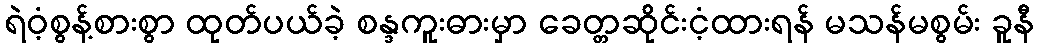
ရဲဝံ့စွန့်စားစွာ ထုတ်ပယ်ခဲ့ စန္ဒကူးဓားမှာ ခေတ္တဆိုင်းငံ့ထားရန် မသန်မစွမ်း ခူနီ